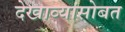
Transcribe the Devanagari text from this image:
देखाव्यांसोबत